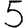
Digit: 5